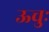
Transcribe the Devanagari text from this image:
ऊचुः